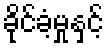
ခိုင်ခံ့မှုနှင့်